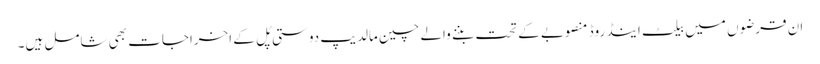
ان قرضوں میں بیلٹ اینڈ روڈ منصوبے کے تحت بننے والے چین مالدیپ دوستی پُل کے اخراجات بھی شامل ہیں۔